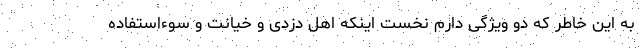
به این خاطر که دو ویژگی دارم نخست اینکه اهل دزدی و خیانت و سوءاستفاده